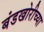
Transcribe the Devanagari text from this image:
बंडखोरीच्या